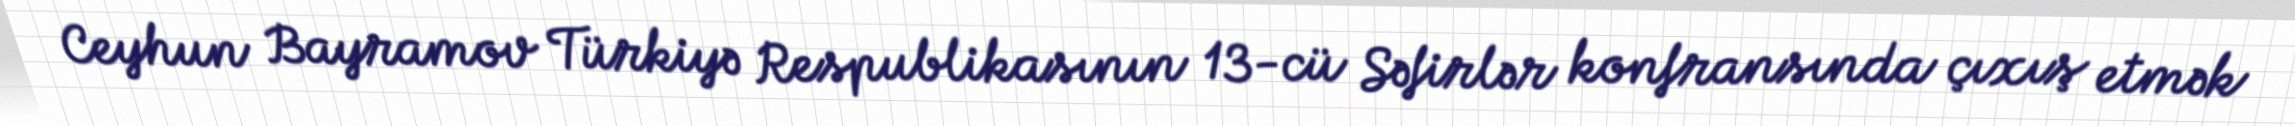
Ceyhun Bayramov Türkiyə Respublikasının 13-cü Səfirlər konfransında çıxış etmək